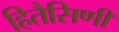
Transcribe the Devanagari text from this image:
हितैसिणी